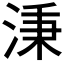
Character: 𣶸